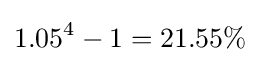
1.05^{4}-1=21.55\%